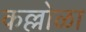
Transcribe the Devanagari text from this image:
कल्लोळा